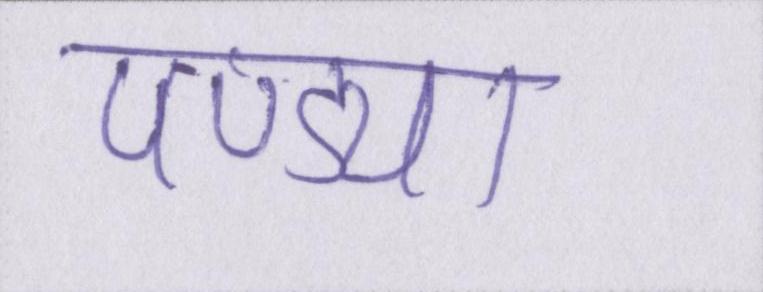
पण्ड्या